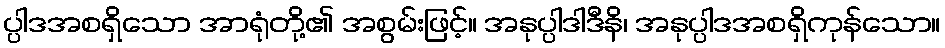
ပ္ပါဒအစရှိသော အာရုံတို့၏ အစွမ်းဖြင့်။ အနုပ္ပါဒါဒီနိ၊ အနုပ္ပါဒအစရှိကုန်သော။